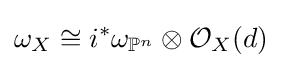
\omega _{X}\cong i^{*}\omega _{\mathbb {P} ^{n}}\otimes {\mathcal {O}}_{X}(d)